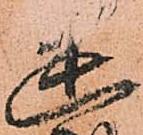
幽